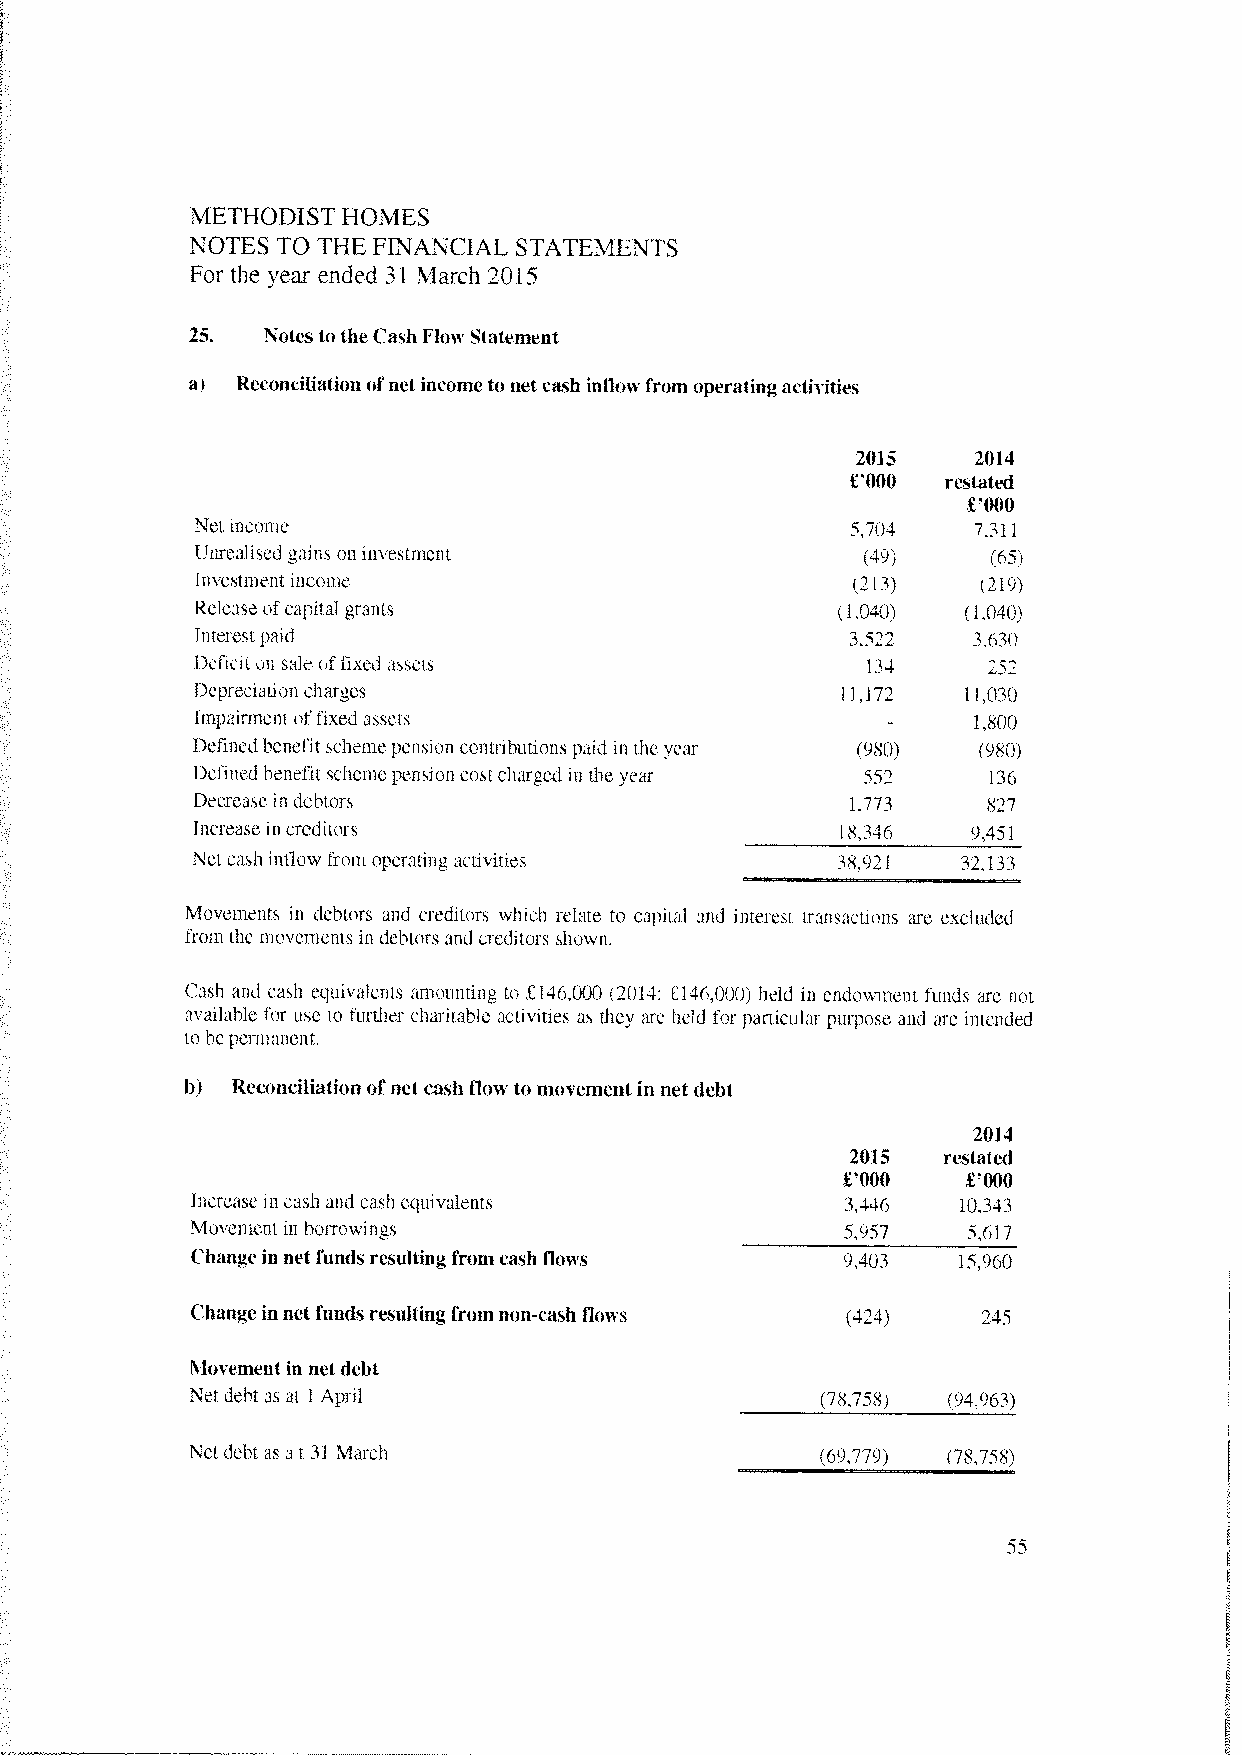
METHODIST HOMES
 NOTES TO THE FINANCIAL STATEMENTS
 For the year ended 31 March 2015
 25.  Notes to the Cash Flow Statement
 a) Reconciliation ofnet income to netcash inflow from operatingactivities
 2015   2014
 £‘OOO  restated
 £‘000
 Net income                                 5,704   7.311
 Unrealised gains on investment              (49)     (65)
 Investment income                          (213)    (219)
 Release ofcapital grants                  (1,040)  (1.040)
 Interest paid                              3,522   3.630
 Deficit on sa]e of fixed assets             134     252
 Depreciation charges                       11.172  11,030
 Impairment nffixed assets                          1.800
 -
 Defined benefit schemepension contributions paid in the year (980) (980)
 Defined benefit scheme pension cost charged in the year 552 136
 Decrease in debtors                        1,773    827
 Increase in creditors                      18,346  9,451
 Netcash inflow from operating activities  38.921   32.133
 Movements in debtors and creditors which relate to capital and interest transactions are excluded
 from the mosements in debtors and creditors shown.
 Cash and cash equivalents amounting to £146,000 (2014: £146,000) held in endowment funds are not
 available for use to further charitable activities as they are held for particular purpose and are intended
 to hepermanent.
 b) Reconciliationofnet cash 11014 to movementin net debt
 2014
 2015  restated
 £‘OOO   £‘OOO
 Increase in cash and cash equialents       3.446   10.343
 Moement in borrowings                      5,957   5.617
 Change innet funds resulting fromcash flows 9,403 15,960
 Change in net funds resulting from non-cash Ilows (424) 245
 Movement in netdebt
 Net debt as at 1 April                   (78.758) (94,963)
 Netdebt as at 31 March                   (69,779) (78,758)
 DD